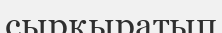
сырқыратып